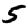
Digit: 5